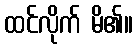
ထင်လိုက် မိ၏။